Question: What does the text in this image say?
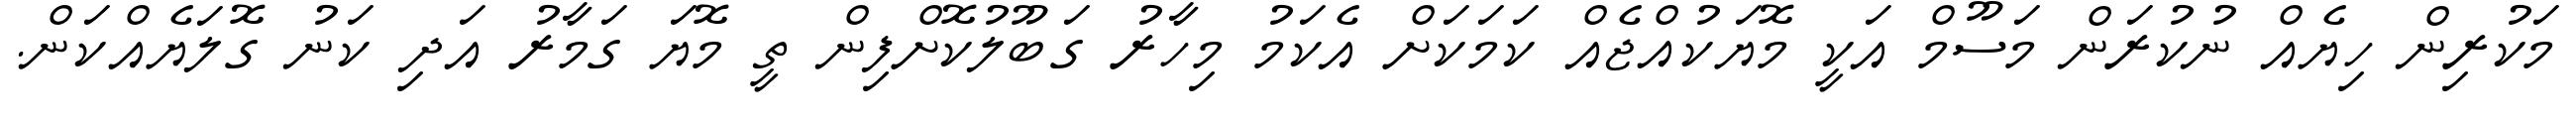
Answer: މަކުރިން ހިޔެއް ނުކުރަން މަސޫމް އަކީ މޮޔަކުއްޖެއް ކަމަކަށް އެކަމު މިހާރު ގަބޫލުކޮށްފިން ތީ މޮޔަ ގަމާރު އަދި ކަނު ގޮލަޔެއްކަން.